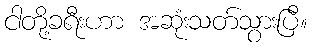
ငါတို့ခရီးဟာ အဆုံးသတ်သွားပြီ။